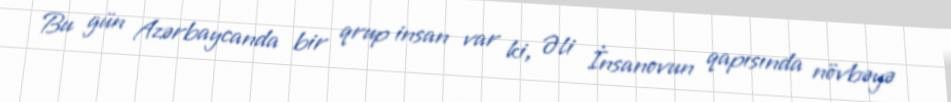
Bu gün Azərbaycanda bir qrup insan var ki, Əli İnsanovun qapısında növbəyə